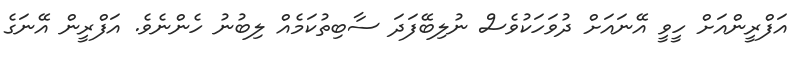
އަފްރީންއަށް ހީވީ އޭނައަށް ދުވަހަކުވެސް ނުލިބޭފަދަ ސާބިތުކަމެއް ލިބުނު ހެންނެވެ. އަފްރީން އޭނަގެ